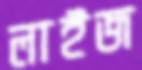
লাইজ